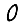
Digit: 0